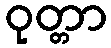
ဝုတ္တာ